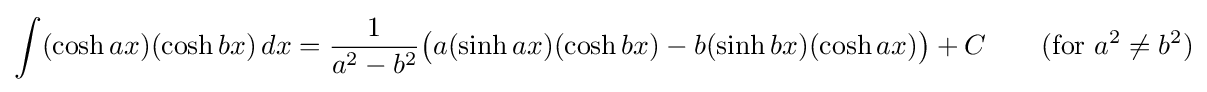
\int (\cosh ax)(\cosh bx)\,dx={\frac {1}{a^{2}-b^{2}}}{\big (}a(\sinh ax)(\cosh bx)-b(\sinh bx)(\cosh ax){\big )}+C\qquad {\mbox{(for }}a^{2}\neq b^{2}{\mbox{)}}